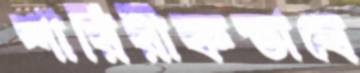
শারিরীকভাবে